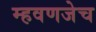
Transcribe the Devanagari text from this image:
म्हवणजेच